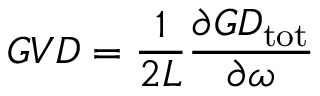
G V D = \frac { 1 } { 2 L } \frac { \partial G D _ { \mathrm { t o t } } } { \partial \omega }